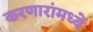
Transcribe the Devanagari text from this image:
करणारांमध्यें